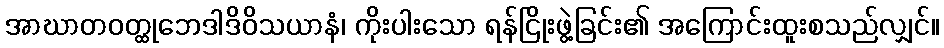
အာဃာတဝတ္ထုဘေဒါဒိဝိသယာနံ၊ ကိုးပါးသော ရန်ငြိုးဖွဲ့ခြင်း၏ အကြောင်းထူးစသည်လျှင်။